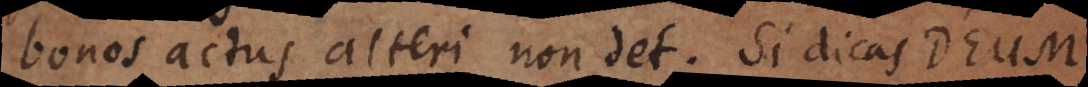
bonos actus, alteri non det. Si dicas Deum